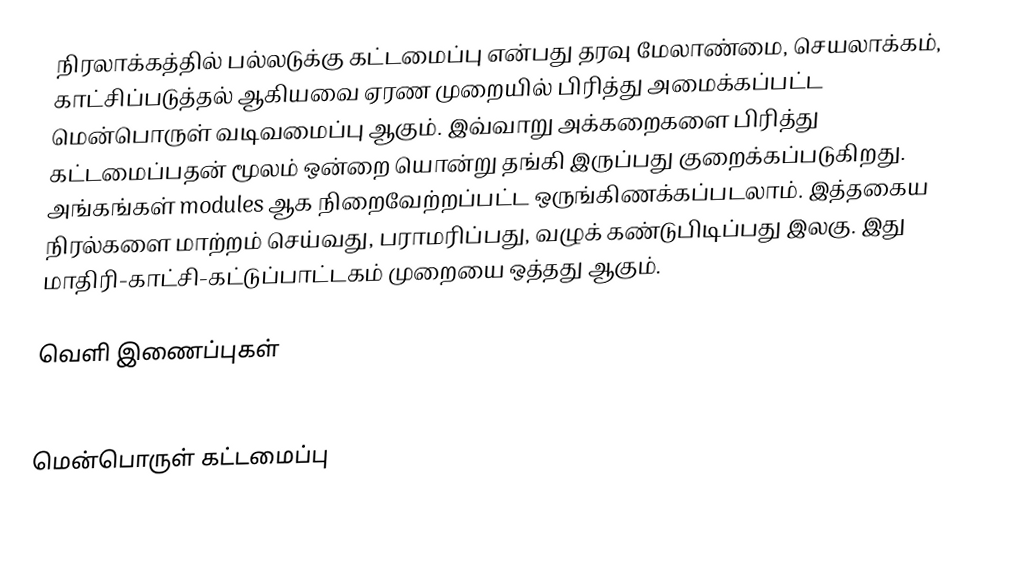
நிரலாக்கத்தில் பல்லடுக்கு கட்டமைப்பு என்பது தரவு மேலாண்மை, செயலாக்கம், காட்சிப்படுத்தல் ஆகியவை ஏரண முறையில் பிரித்து அமைக்கப்பட்ட மென்பொருள் வடிவமைப்பு ஆகும்.  இவ்வாறு அக்கறைகளை பிரித்து கட்டமைப்பதன் மூலம் ஒன்றை யொன்று தங்கி இருப்பது குறைக்கப்படுகிறது.  அங்கங்கள் modules ஆக நிறைவேற்றப்பட்ட ஒருங்கிணக்கப்படலாம்.  இத்தகைய நிரல்களை மாற்றம் செய்வது, பராமரிப்பது, வழுக் கண்டுபிடிப்பது இலகு.  இது மாதிரி-காட்சி-கட்டுப்பாட்டகம் முறையை ஒத்தது ஆகும்.

வெளி இணைப்புகள்
 Add Power to Your PHP With Multi-Tiered Applications

மென்பொருள் கட்டமைப்பு